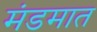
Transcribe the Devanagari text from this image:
मंडमात